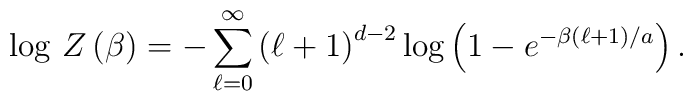
\log \, Z\left( \beta \right) =-\sum _{\ell =0}^{\infty }\left( \ell +1\right) ^{d-2}\log \left( 1-e^{-\beta \left( \ell +1\right) /a}\right) .